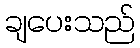
ချပေးသည်